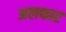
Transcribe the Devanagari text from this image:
अलफार